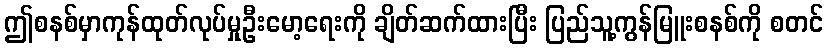
ဤစနစ်မှာကုန်ထုတ်လုပ်မှုဦးမော့ရေးကို ချိတ်ဆက်ထားပြီး ပြည်သူ့ကွန်မြူးစနစ်ကို စတင်